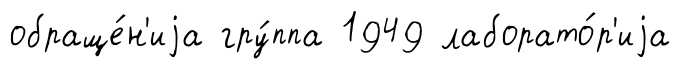
обраще́н'иjа гру́ппа 1949 лаборато́р'иjа